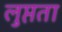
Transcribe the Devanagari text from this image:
लुप्तता